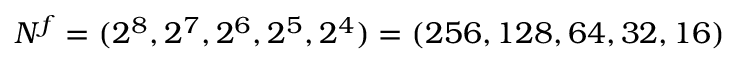
N ^ { f } = ( 2 ^ { 8 } , 2 ^ { 7 } , 2 ^ { 6 } , 2 ^ { 5 } , 2 ^ { 4 } ) = ( 2 5 6 , 1 2 8 , 6 4 , 3 2 , 1 6 )